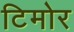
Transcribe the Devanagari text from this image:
टिमोर